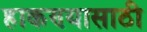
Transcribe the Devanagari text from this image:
हाकण्यासाठी